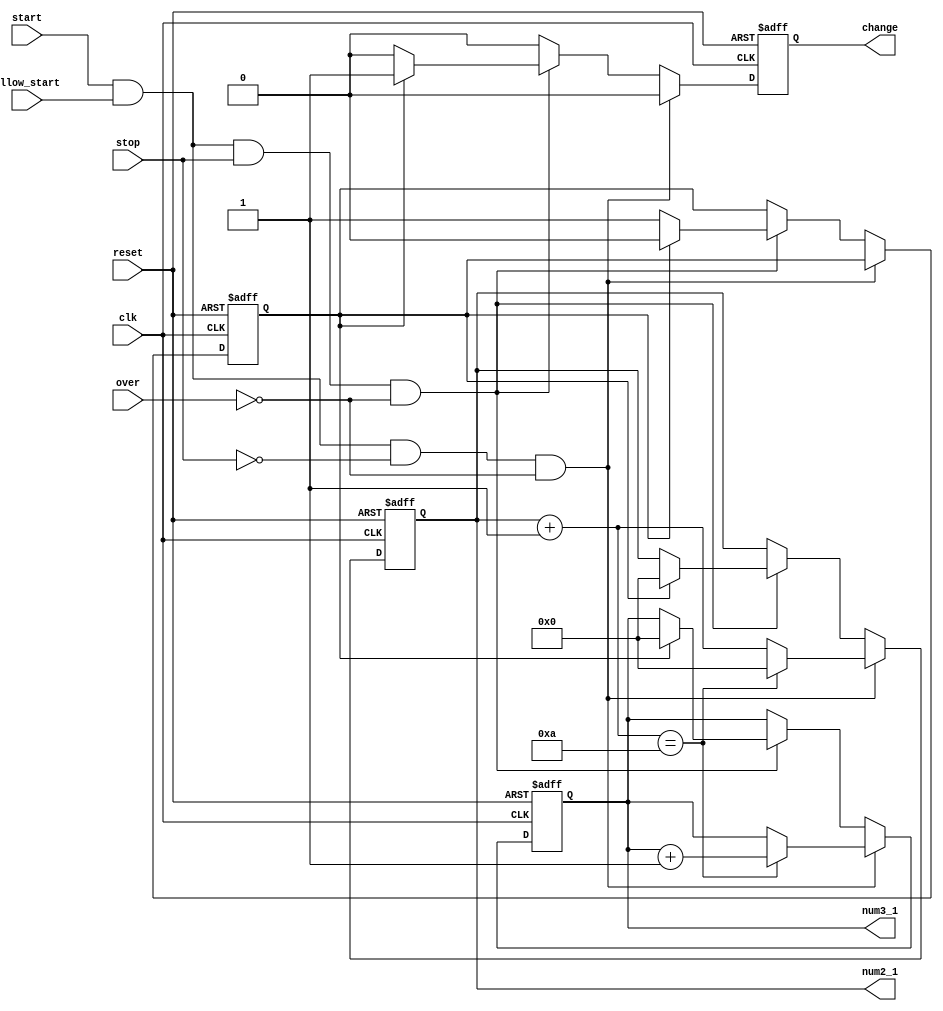
`timescale 1ns / 1ps
//////////////////////////////////////////////////////////////////////////////////
// Company: 
// Engineer: 
// 
// Design Name: 
// Module Name: S_Bottsum
// Project Name: 
// Target Devices: 
// Tool Versions: 
// Description: 
// 
// Dependencies: 
// 
// Revision:
// Revision 0.01 - File Created
// Additional Comments:
// 
//////////////////////////////////////////////////////////////////////////////////


module S_Bottsum(
    input reset,
    input clk,
    input start,
    input allow_start,
    input stop,
    input over,
    output reg [3:0] num3_1,
    output reg [3:0] num2_1,
    output reg change
    );
    reg flag;
    initial
    begin
        flag = 0;
        num2_1 = 0;
        num3_1 = 0;
        change = 0;
    end
    always @ (posedge clk or posedge reset)
    begin
        if(reset)
        begin
            flag = 0;
            num2_1 = 0;
            num3_1 = 0;
            change = 0;
        end
        else
        begin
        change = 0;
        if(start && allow_start && !stop && !over)
        begin
            num2_1 = num2_1 + 1;
            if(num2_1 == 10)
            begin
                num2_1 = 0;
                num3_1 = num3_1 + 1;
            end
        end
        else if(start && allow_start && stop && !over)
        begin
            if(flag)
            begin
                change = 1;
                num2_1 = 0;
                num3_1 = 0;
                flag = 0;
            end
            else
            begin
                flag = 1;
            end
        end
        end
    end
endmodule